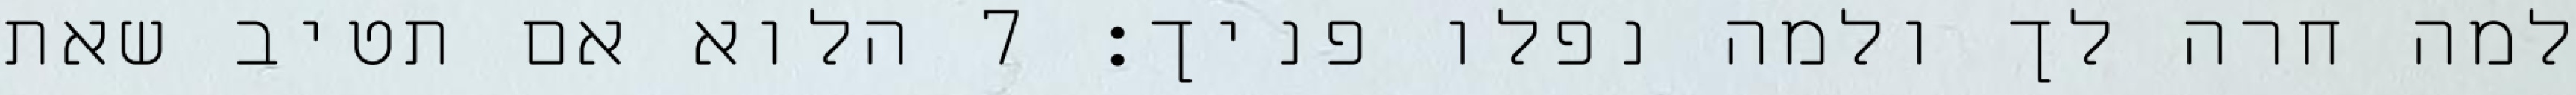
למה חרה לך ולמה נפלו פניך׃ ‎7‏ הלוא אם תטיב שאת